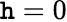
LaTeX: \mathtt{h}=0